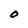
Character: O